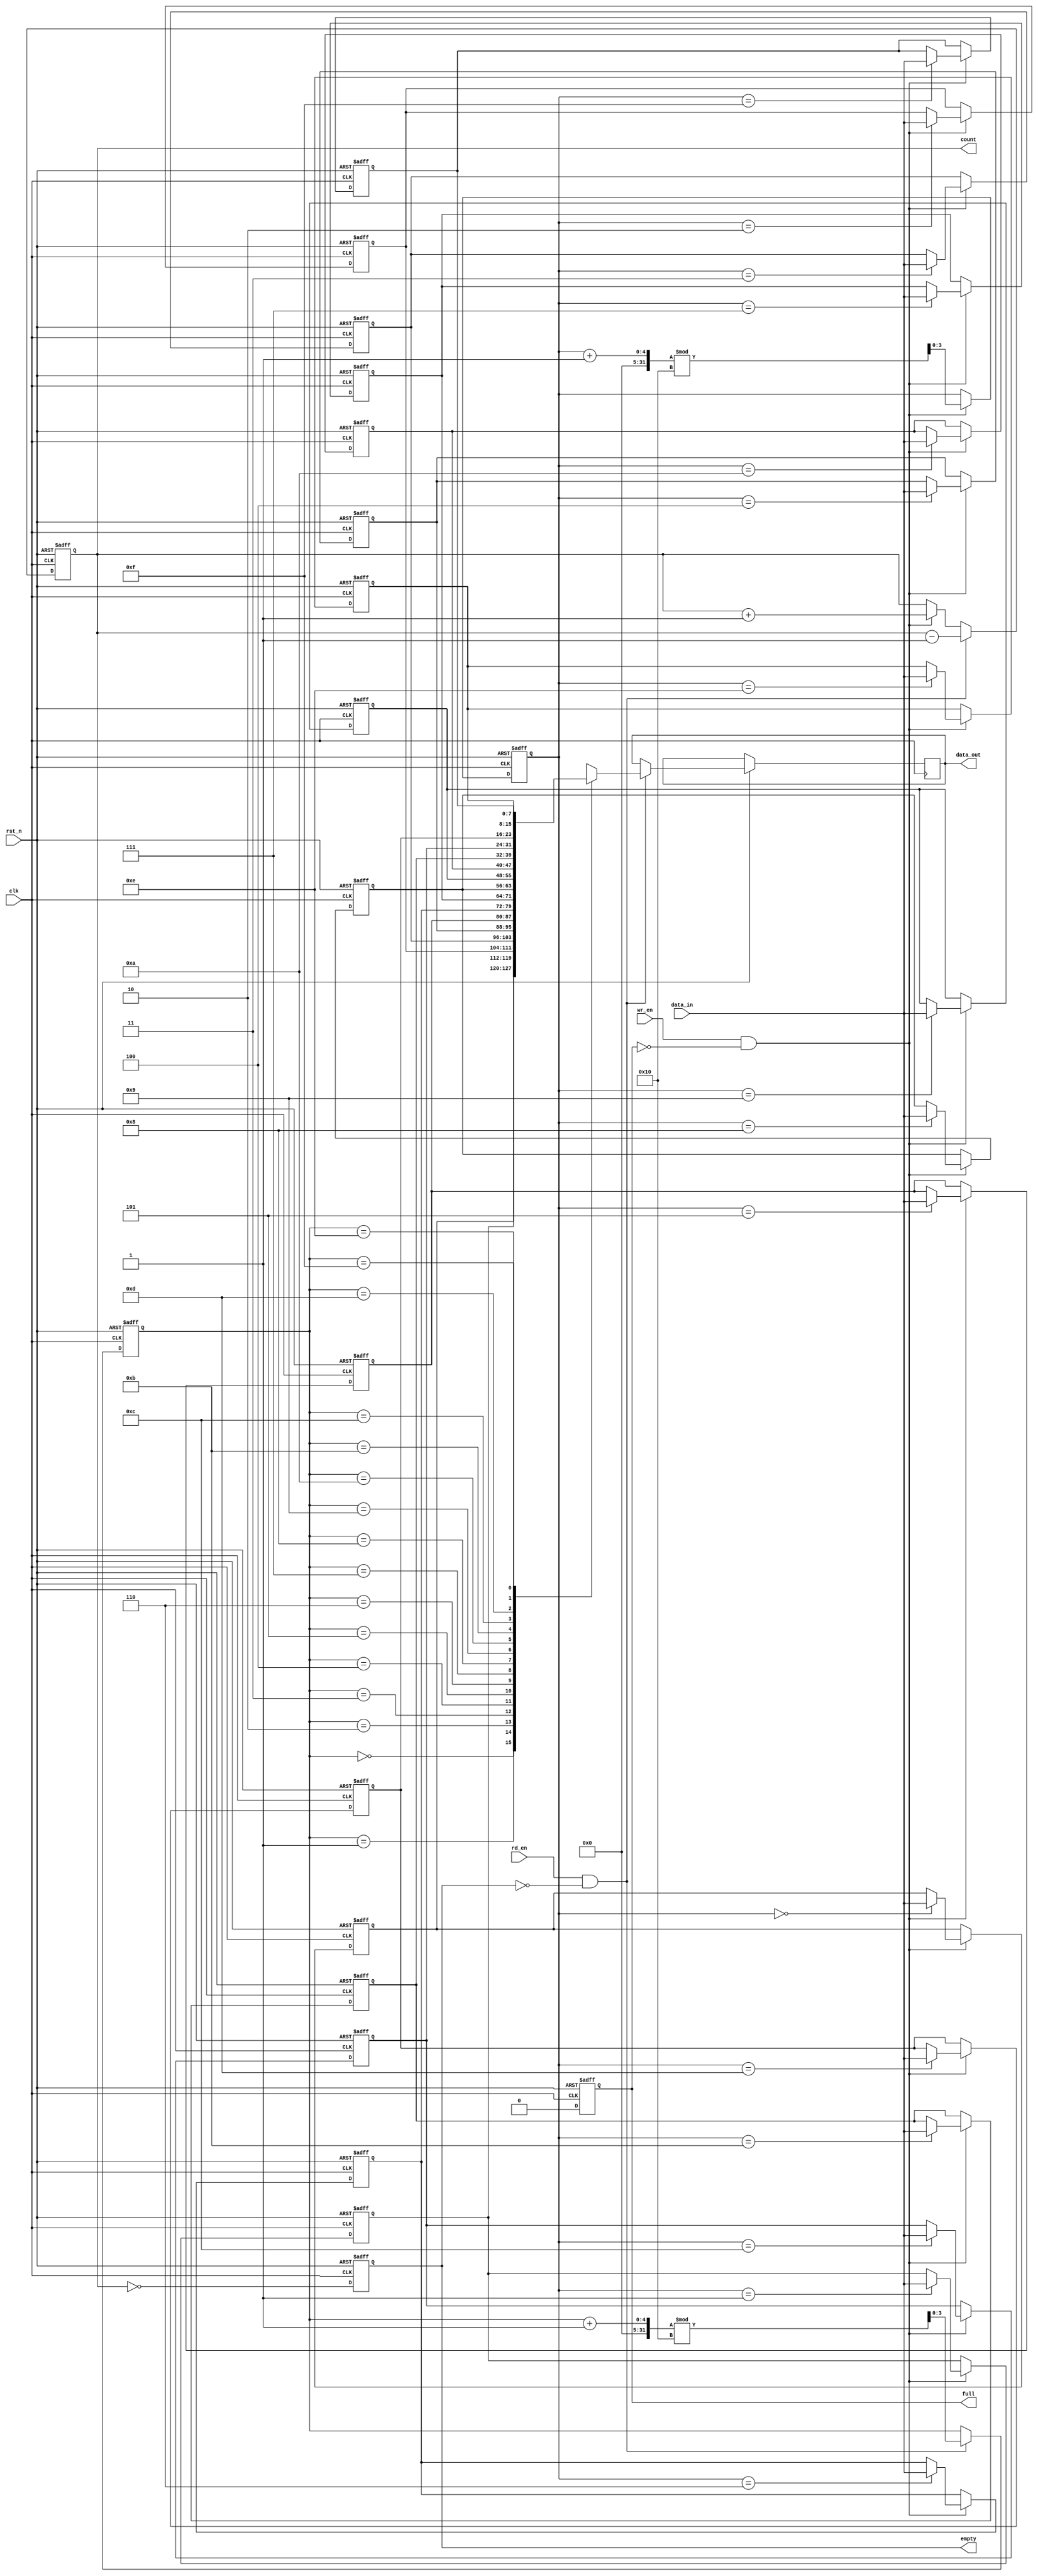
module parameterized_fifo #(
    parameter DATA_WIDTH = 8,  // Width of each data entry
    parameter FIFO_DEPTH = 16   // Depth of the FIFO
)(
    input wire clk,              // Clock signal
    input wire rst_n,            // Asynchronous reset (active low)
    input wire wr_en,            // Write enable
    input wire rd_en,            // Read enable
    input wire [DATA_WIDTH-1:0] data_in, // Data input
    output reg [DATA_WIDTH-1:0] data_out, // Data output
    output reg full,             // Full flag
    output reg empty,            // Empty flag
    output reg [clog2(FIFO_DEPTH)-1:0] count // Current count of entries
);

    // Memory array to store FIFO data
    reg [DATA_WIDTH-1:0] fifo_mem [0:FIFO_DEPTH-1];
    
    // Write and read pointers
    reg [clog2(FIFO_DEPTH)-1:0] wr_ptr;
    reg [clog2(FIFO_DEPTH)-1:0] rd_ptr;

    // Count of entries in the FIFO
    integer i;

    // Function to calculate log base 2
    function integer clog2(input integer value);
        begin
            value = value - 1;
            for (clog2 = 0; value > 0; clog2 = clog2 + 1)
                value = value >> 1;
        end
    endfunction

    // Asynchronous reset and FIFO operation
    always @(posedge clk or negedge rst_n) begin
        if (!rst_n) begin
            // Reset logic
            wr_ptr <= 0;
            rd_ptr <= 0;
            count <= 0;
            full <= 0;
            empty <= 1;
            for (i = 0; i < FIFO_DEPTH; i = i + 1) begin
                fifo_mem[i] <= 0; // Clear memory
            end
        end else begin
            // Write operation
            if (wr_en && !full) begin
                fifo_mem[wr_ptr] <= data_in; // Store data
                wr_ptr <= (wr_ptr + 1) % FIFO_DEPTH; // Increment write pointer
                count <= count + 1; // Increment count
            end

            // Read operation
            if (rd_en && !empty) begin
                data_out <= fifo_mem[rd_ptr]; // Retrieve data
                rd_ptr <= (rd_ptr + 1) % FIFO_DEPTH; // Increment read pointer
                count <= count - 1; // Decrement count
            end

            // Update full and empty flags
            full <= (count == FIFO_DEPTH);
            empty <= (count == 0);
        end
    end

endmodule